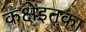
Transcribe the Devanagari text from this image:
कक्षेइतका